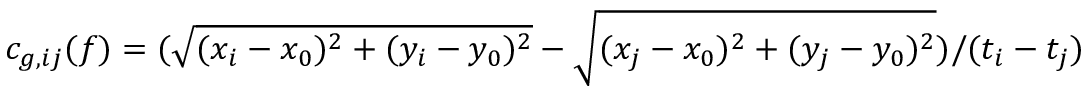
c _ { g , i j } ( f ) = ( \sqrt { ( x _ { i } - x _ { 0 } ) ^ { 2 } + ( y _ { i } - y _ { 0 } ) ^ { 2 } } - \sqrt { ( x _ { j } - x _ { 0 } ) ^ { 2 } + ( y _ { j } - y _ { 0 } ) ^ { 2 } } ) / ( t _ { i } - t _ { j } )